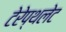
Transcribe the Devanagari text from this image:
टेरेप्थलेट